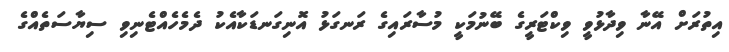
އިތުރަށް އޭނާ ވިދާޅުވީ ވިކްޓަރީގެ ބޭނުމަކީ މުސާރައިގެ ރަނގަޅު އޮނިގަނޑަކާއެކު ދެމެހެއްޓެނިވި ސިޔާސަތެއްގެ